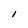
Character: I